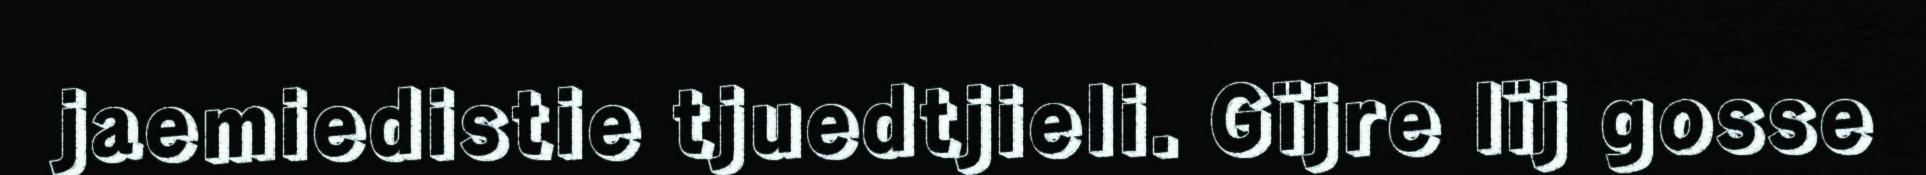
jaemiedistie tjuedtjieli. Gïjre lïj gosse